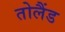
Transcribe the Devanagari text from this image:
तोलैंड